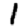
Digit: 1